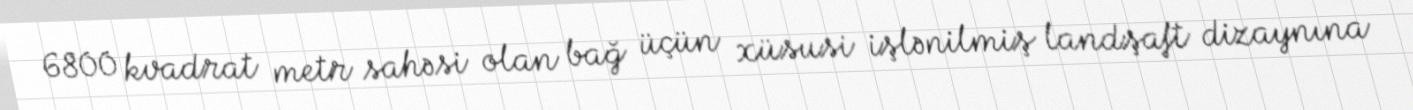
6800 kvadrat metr sahəsi olan bağ üçün xüsusi işlənilmiş landşaft dizaynına